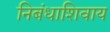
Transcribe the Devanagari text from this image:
निबंधाशिवाय